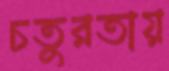
চতুরতায়